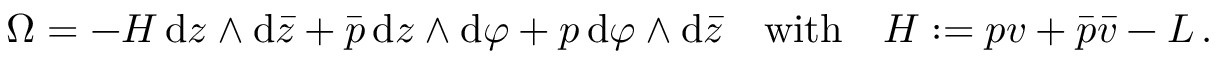
\Omega = - { \cal H } \, \mathrm { d } z \wedge \mathrm { d } \bar { z } + \bar { p } \, \mathrm { d } z \wedge \mathrm { d } \varphi + p \, \mathrm { d } \varphi \wedge \mathrm { d } \bar { z } \quad \mathrm { w i t h } \quad { \cal H } : = p v + \bar { p } \bar { v } - { \cal L } \, .